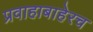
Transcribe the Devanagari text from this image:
प्रवाहाबाहेरच